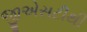
જીએસટીથી